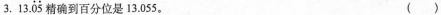
⒊. 13.\ddot{05}精确到百分位是13.055。 （ ）